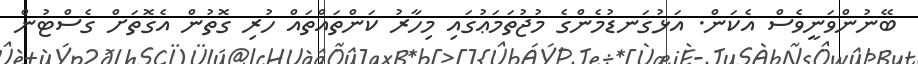
ބޭނުންވަނީވެސް އެކަން. އަޅުގަނޑުމެންގެ މުޖުތަމަޢުގައި މިހާރު ކަންތައްތައް ހުރި ގޮތުން އެގޮތަށް ގެސްޓުން